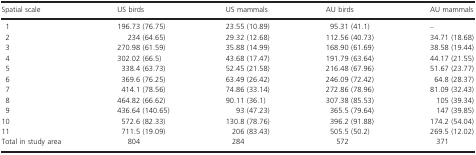
<table><thead><tr><td><b>Spatial scale</b></td><td><b>US birds</b></td><td><b>US mammals</b></td><td><b>AU birds</b></td><td><b>AU mammals</b></td></tr></thead><tbody><tr><td>1</td><td>196.73 (76.75)</td><td>23.55 (10.89)</td><td>95.31 (41.1)</td><td>–</td></tr><tr><td>2</td><td>234 (64.65)</td><td>29.32 (12.68)</td><td>112.56 (40.73)</td><td>34.71 (18.68)</td></tr><tr><td>3</td><td>270.98 (61.59)</td><td>35.88 (14.99)</td><td>168.90 (61.69)</td><td>38.58 (19.44)</td></tr><tr><td>4</td><td>302.02 (66.5)</td><td>43.68 (17.47)</td><td>191.79 (63.64)</td><td>44.17 (21.55)</td></tr><tr><td>5</td><td>338.4 (63.73)</td><td>52.45 (21.58)</td><td>216.48 (67.96)</td><td>51.67 (23.77)</td></tr><tr><td>6</td><td>369.6 (76.25)</td><td>63.49 (26.42)</td><td>246.09 (72.42)</td><td>64.8 (28.37)</td></tr><tr><td>7</td><td>414.1 (78.56)</td><td>74.86 (33.14)</td><td>272.86 (78.96)</td><td>81.09 (32.43)</td></tr><tr><td>8</td><td>464.82 (66.62)</td><td>90.11 (36.1)</td><td>307.38 (85.53)</td><td>105 (39.34)</td></tr><tr><td>9</td><td>436.64 (140.65)</td><td>93 (47.23)</td><td>365.5 (79.64)</td><td>147 (39.85)</td></tr><tr><td>10</td><td>572.6 (82.33)</td><td>130.8 (78.76)</td><td>396.2 (91.88)</td><td>174.2 (54.04)</td></tr><tr><td>11</td><td>711.5 (19.09)</td><td>206 (83.43)</td><td>505.5 (50.2)</td><td>269.5 (12.02)</td></tr><tr><td>Total in study area</td><td>804</td><td>284</td><td>572</td><td>371</td></tr></tbody></table>